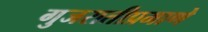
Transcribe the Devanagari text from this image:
गुजरातीप्रमाणे